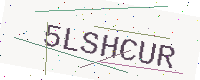
Text: 5LSHCUR